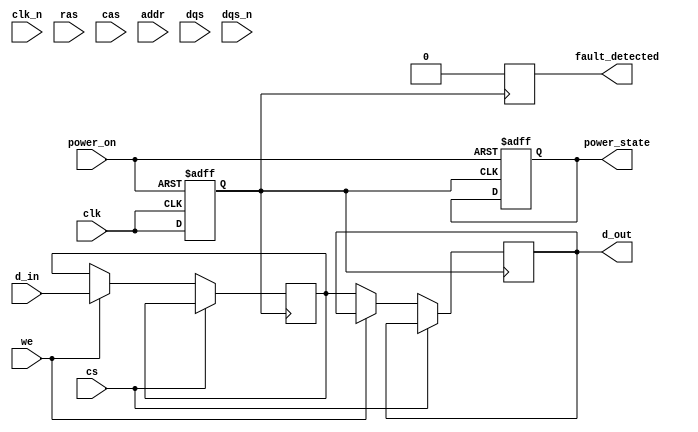
module gddr2_io_block (
    input wire clk,          // Clock input (CK)
    input wire clk_n,        // Complementary clock input (CK#)
    input wire [15:0] d_in,  // Data input (DQ)
    output wire [15:0] d_out, // Data output (DQ)
    input wire cs,          // Chip select (CS)
    input wire ras,         // Row address strobe (RAS)
    input wire cas,         // Column address strobe (CAS)
    input wire we,          // Write enable (WE)
    input wire [12:0] addr,  // Address lines
    input wire dqs,         // Data strobe (DQS)
    input wire dqs_n,       // Complementary data strobe (DQS#)
    input wire power_on,     // Power on reset
    output reg fault_detected, // Fault detection signal
    output reg [1:0] power_state // Power state (00: active, 01: idle, 10: sleep)
);

// Internal signals
reg [15:0] data_buffer;
reg [15:0] data_out_reg;
reg clk_gated;

// Clock gating logic
always @(posedge clk or negedge power_on) begin
    if (!power_on) begin
        clk_gated <= 1'b0; // Disable clock on power down
    end else begin
        clk_gated <= clk; // Pass through clock when powered
    end
end

// Data input/output buffers
always @(posedge clk_gated) begin
    if (cs == 1'b0) begin // Active chip select
        if (we == 1'b1) begin // Write operation
            data_buffer <= d_in; // Capture input data
        end else begin // Read operation
            data_out_reg <= data_buffer; // Output buffered data
        end
    end
end

assign d_out = data_out_reg; // Output data

// Command and address handling
always @(posedge clk_gated) begin
    if (cs == 1'b0) begin
        // Handle commands based on RAS, CAS, WE
        // Implement FSM for command sequencing if needed
    end
end

// Power management
always @(posedge clk_gated or negedge power_on) begin
    if (!power_on) begin
        power_state <= 2'b00; // Reset to active state
    end else begin
        // Manage power states based on activity
        // Example: Transition to sleep if idle for a certain period
    end
end

// Fault detection logic
always @(posedge clk_gated) begin
    // Implement fault detection logic
    // Example: Check for data integrity, signal levels, etc.
    fault_detected <= 1'b0; // Reset fault detected signal
end

// Signal conditioning (placeholder for actual implementation)
always @(posedge clk_gated) begin
    // Implement equalization and pre-emphasis techniques
end

endmodule